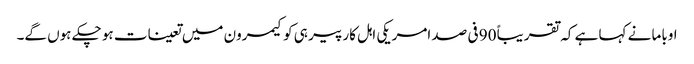
اوباما نے کہا ہے کہ تقریباً 90 فی صد امریکی اہل کار پیر ہی کو کیمرون میں تعینات ہو چکے ہوں گے۔